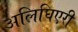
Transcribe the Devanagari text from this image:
अलिघिएरी